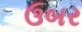
ઉબર